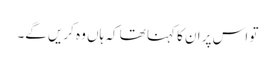
تو اس پر ان کا کہنا تھا کہ ہاں وہ کریں گے۔